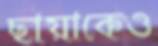
ছায়াকেও